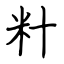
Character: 籵